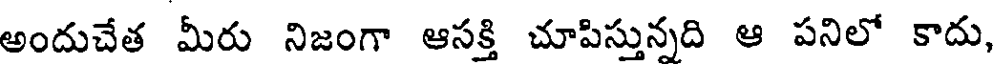
అందుచేత మీరు నిజంగా ఆసక్తి చూపిస్తున్నది ఆ పనిలో కాదు,